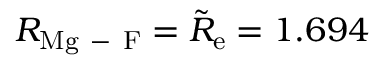
R _ { \mathrm { M g \mathrm { ~ - ~ } F } } = \tilde { R } _ { \mathrm { e } } = 1 . 6 9 4